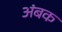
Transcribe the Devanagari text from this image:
अंबक